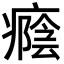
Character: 癊